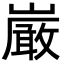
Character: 𫶝